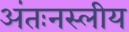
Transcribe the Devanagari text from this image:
अंतःनस्लीय